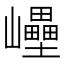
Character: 㠥